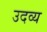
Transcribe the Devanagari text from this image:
उदव्य